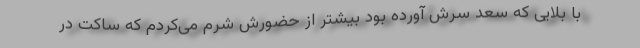
با بلایی که سعد سرش آورده بود بیشتر از حضورش شرم می‌کردم که ساکت در